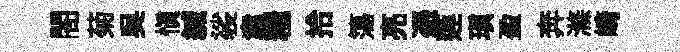
閤菊呉愼緘裟聿糧拾簜亮憑莲瑱盈奔滌崎